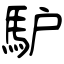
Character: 馿